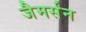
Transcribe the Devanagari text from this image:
जैमर्सन